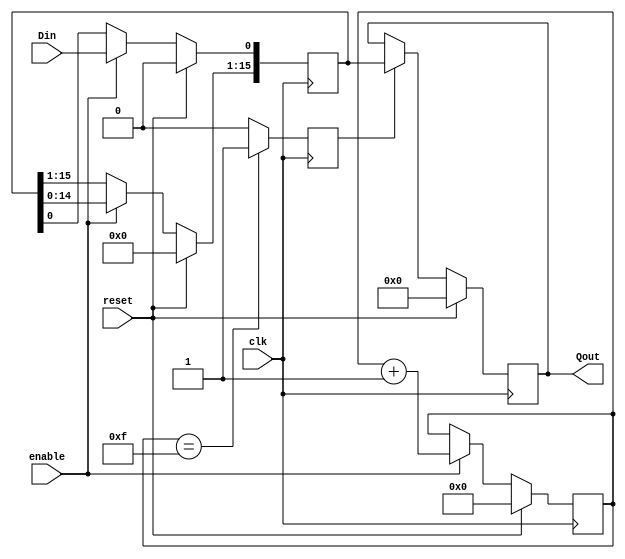
///////////////////////////////////////////////////////////////////////////////////////////////////
//
//
// File history:
//      1.0: 2021/02/27: Dual clock edge design
//
// Description: 
//
// Project 2 Module 1 Part 2
//
// Targeted device: <Family::SmartFusion2> <Die::M2S010> <Package::144 TQ>
//
/////////////////////////////////////////////////////////////////////////////////////////////////// 

//`timescale 1 ns / 1 ps

module Shifter( clk, reset, enable, Din, Qout );
  input clk, reset, enable, Din;
  output reg [15:0] Qout;
  reg [3:0] count;  
  reg ld_reg;
  reg [15:0] Q;    

//Control
  always @(posedge clk)

  begin
    if (reset)  // synchronous reset
      count <= 0;
    else if (enable == 1'b1)
      count <= count + 1;    // count will rollover
    if (count == 15)
      ld_reg <= 1;
    else
      ld_reg <= 0;  
  end    

// Shift_reg - serial to parallel converter
  always @(posedge clk)   // 

  begin
    if (reset)
      Q <= 16'b0000000000000000;
    else if (enable == 1'b1) 
    begin       
      Q <= Q << 1;  // no shift out
      Q[0] <= Din;
    end  
    else ;   
  end

// Register output
  always @(negedge clk) 
  begin
    if (reset)
      Qout <= 16'b0000000000000000;
    else if (ld_reg == 1'b1) 
      Qout <= Q ;  // register on falling edge
    else ;   
  end 

endmodule